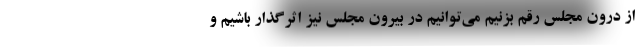
از درون مجلس رقم بزنیم می‌توانیم در بیرون مجلس نیز اثرگذار باشیم و